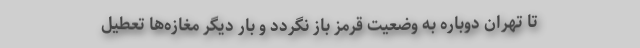
تا تهران دوباره به وضعیت قرمز باز نگردد و بار دیگر مغازه‌ها تعطیل